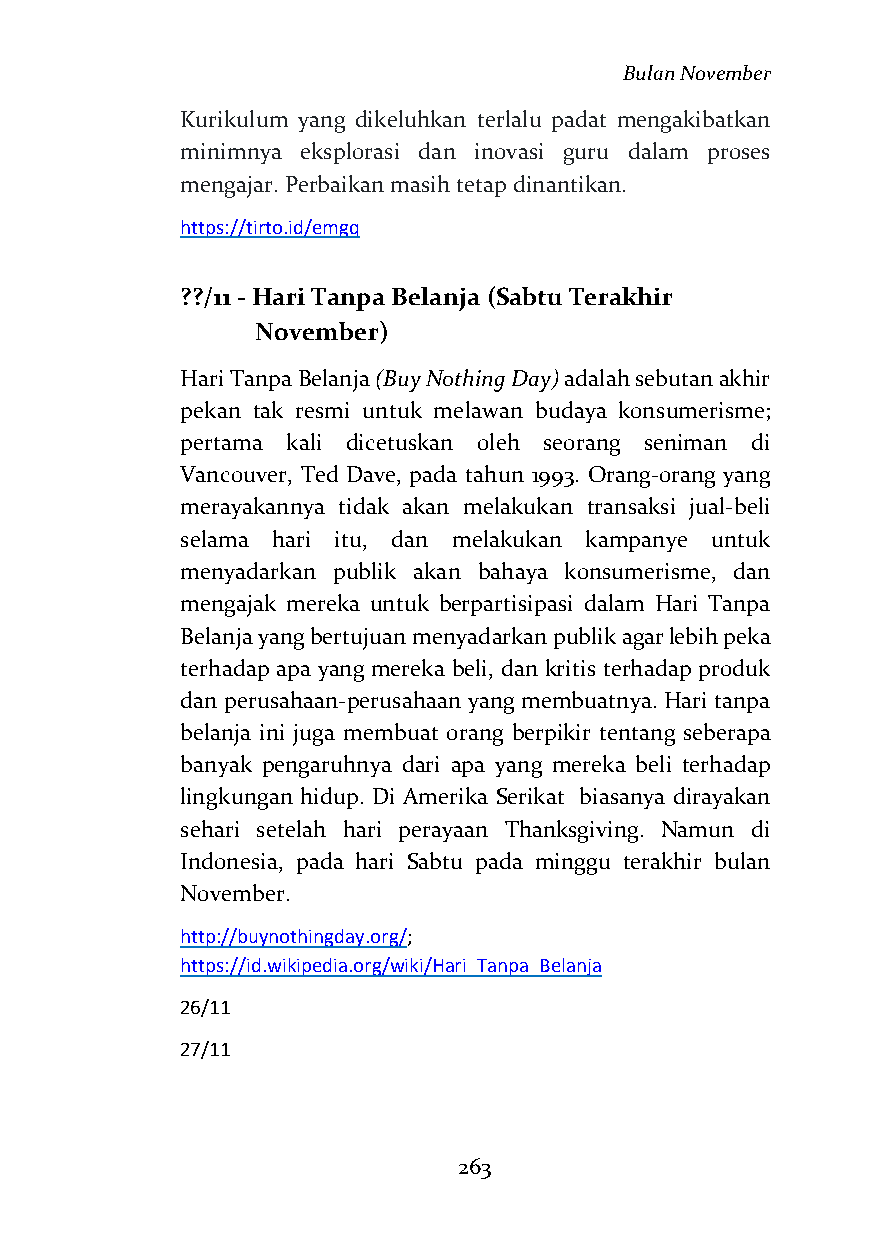
Bulan November
 Kurikulum yang dikeluhkan terlalu padat mengakibatkan
 minimnya eksplorasi dan inovasi guru dalam proses
 mengajar. Perbaikan masih tetap dinantikan.
 https://tirto.id/emgq
 ??/11 - Hari Tanpa Belanja (Sabtu Terakhir
 November)
 Hari Tanpa Belanja (Buy Nothing Day) adalah sebutan akhir
 pekan tak resmi untuk melawan budaya konsumerisme;
 pertama kali dicetuskan oleh seorang seniman di
 Vancouver, Ted Dave, pada tahun 1993. Orang-orang yang
 merayakannya tidak akan melakukan transaksi jual-beli
 selama hari itu, dan melakukan kampanye untuk
 menyadarkan publik akan bahaya konsumerisme, dan
 mengajak mereka untuk berpartisipasi dalam Hari Tanpa
 Belanja yang bertujuan menyadarkan publik agar lebih peka
 terhadap apa yang mereka beli, dan kritis terhadap produk
 dan perusahaan-perusahaan yang membuatnya. Hari tanpa
 belanja ini juga membuat orang berpikir tentang seberapa
 banyak pengaruhnya dari apa yang mereka beli terhadap
 lingkungan hidup. Di Amerika Serikat biasanya dirayakan
 sehari setelah hari perayaan Thanksgiving. Namun di
 Indonesia, pada hari Sabtu pada minggu terakhir bulan
 November.
 http://buynothingday.org/;
 https://id.wikipedia.org/wiki/Hari_Tanpa_Belanja
 26/11
 27/11
 263